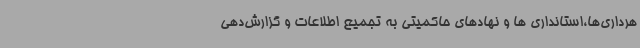
هرداری‌ها،استانداری ها و نهادهای حاکمیتی به تجمیع اطلاعات و گزارش‌دهی